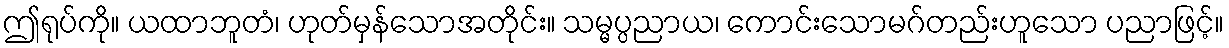
ဤရုပ်ကို။ ယထာဘူတံ၊ ဟုတ်မှန်သောအတိုင်း။ သမ္မပ္ပညာယ၊ ကောင်းသောမဂ်တည်းဟူသော ပညာဖြင့်။